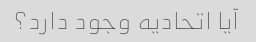
آیا اتحادیه وجود دارد؟